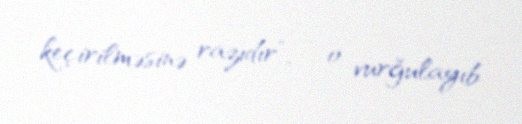
keçirilməsinə razıdır”, - o vurğulayıb.